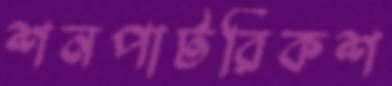
শনপাটরিকশ